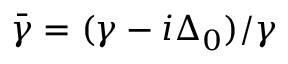
\bar { \gamma } = ( \gamma - i \Delta _ { 0 } ) / \gamma